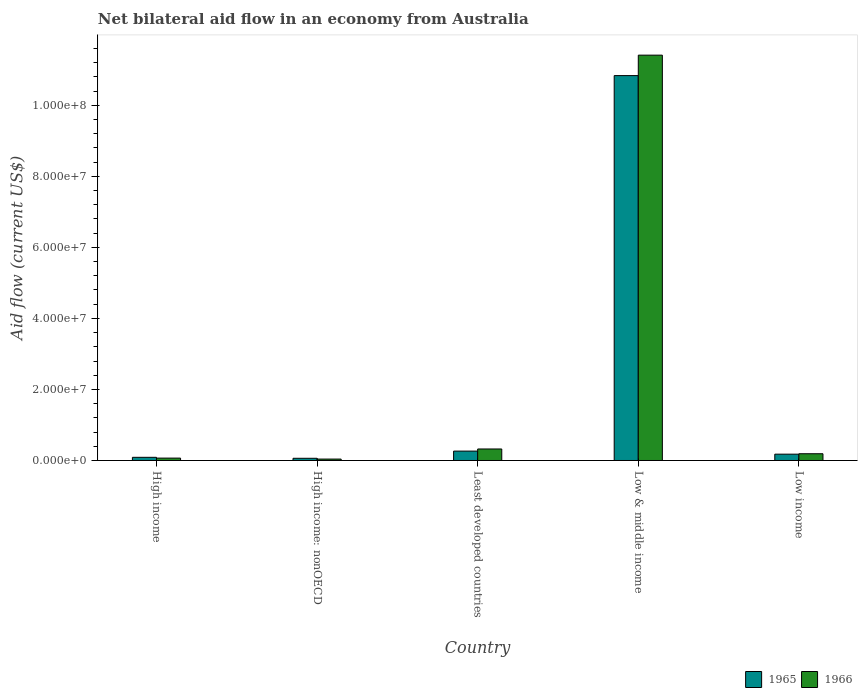
| Country | 1965 | 1966 |
 | --- | --- | --- |
 | High income | 8.9e+05 | 6.7e+05 |
 | High income: nonOECD | 6.2e+05 | 4e+05 |
 | Least developed countries | 2.64e+06 | 3.24e+06 |
 | Low & middle income | 1.08e+08 | 1.14e+08 |
 | Low income | 1.78e+06 | 1.9e+06 |